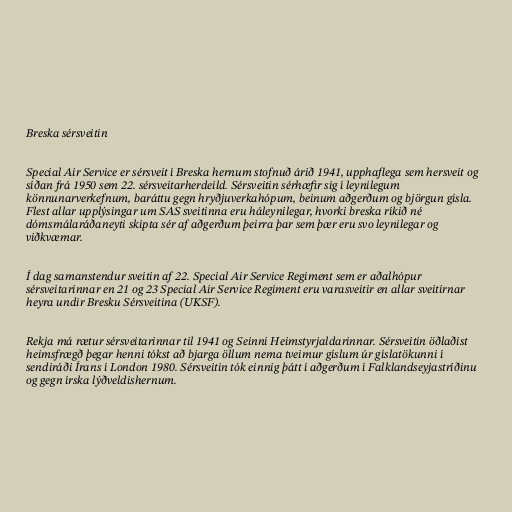
Breska sérsveitin

Special Air Service er sérsveit í Breska hernum stofnuð árið 1941, upphaflega sem hersveit og
síðan frá 1950 sem 22. sérsveitarherdeild. Sérsveitin sérhæfir sig í leynilegum
könnunarverkefnum, baráttu gegn hryðjuverkahópum, beinum aðgerðum og björgun gísla.
Flest allar upplýsingar um SAS sveitinna eru háleynilegar, hvorki breska ríkið né
dómsmálaráðaneyti skipta sér af aðgerðum þeirra þar sem þær eru svo leynilegar og
viðkvæmar.

Í dag samanstendur sveitin af 22. Special Air Service Regiment sem er aðalhópur
sérsveitarinnar en 21 og 23 Special Air Service Regiment eru varasveitir en allar sveitirnar
heyra undir Bresku Sérsveitina (UKSF).

Rekja má rætur sérsveitarinnar til 1941 og Seinni Heimstyrjaldarinnar. Sérsveitin öðlaðist
heimsfrægð þegar henni tókst að bjarga öllum nema tveimur gíslum úr gíslatökunni í
sendiráði Írans í London 1980. Sérsveitin tók einnig þátt í aðgerðum í Falklandseyjastríðinu
og gegn írska lýðveldishernum.